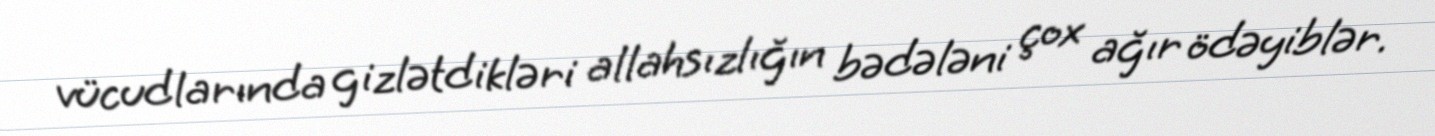
vücudlarında gizlətdikləri allahsızlığın bədələni çox ağır ödəyiblər.